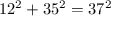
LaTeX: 1 2 ^ { 2 } + 3 5 ^ { 2 } = 3 7 ^ { 2 }